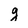
Character: g